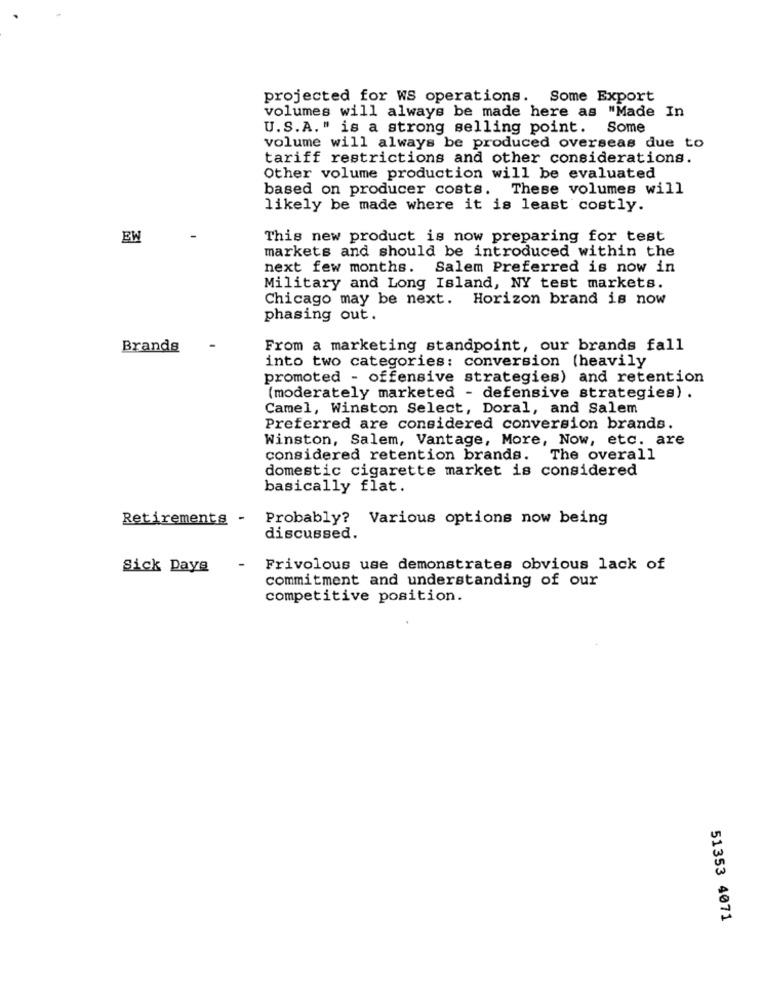
projected for WS operations. Some Export
volumes will always be made here as "Made In
U.S.A." is a strong selling point. Some
volume will always be produced overseas due to
tariff restrictions and other considerations.
Other volume production will be evaluated
based on producer costs. These volumes will
likely be made where it is least costly.
BW
This new product is now preparing for test
markets and should be introduced within the
next few months. Salem Preferred is now in
Military and Long Island, NY test markets.
Chicago may be next. Horizon brand is now
phasing out.
Brands
From a marketing standpoint, our brands fall
into two categories: conversion (heavily
promoted - offensive strategies) and retention
(moderately marketed - defensive strategies) .
Camel, Winston Select, Doral, and Salem
Preferred are considered conversion brands.
Winston, Salem, Vantage, More, Now, etc. are
considered retention brands. The overall
domestic cigarette market is considered
basically flat.
Retirements -
Probably? Various options now being
discussed.
Sick Days
-
Frivolous use demonstrates obvious lack of
commitment and understanding of our
competitive position.
51353 4071